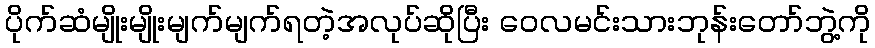
ပိုက်ဆံမျိုးမျိုးမျက်မျက်ရတဲ့အလုပ်ဆိုပြီး ဝေလမင်းသားဘုန်းတော်ဘွဲ့ကို